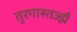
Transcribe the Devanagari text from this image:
तुरगास्तज्झै